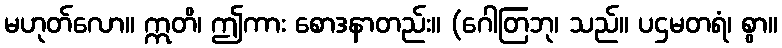
မဟုတ်လော။ ဣတိ၊ ဤကား စောဒနာတည်း။ (ဂေါတြဘု၊ သည်။ ပဌမတရံ၊ စွာ။